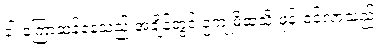
ခါးကြောဆန့်နေသည့် အချိန်တွင် ဥကျုမိထံသို့ ဖုန်းဝင်လာသည်။